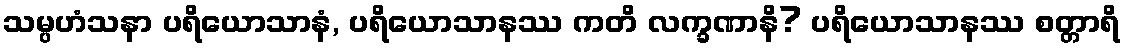
သမ္ပဟံသနာ ပရိယောသာနံ, ပရိယောသာနဿ ကတိ လက္ခဏာနိ? ပရိယောသာနဿ စတ္တာရိ